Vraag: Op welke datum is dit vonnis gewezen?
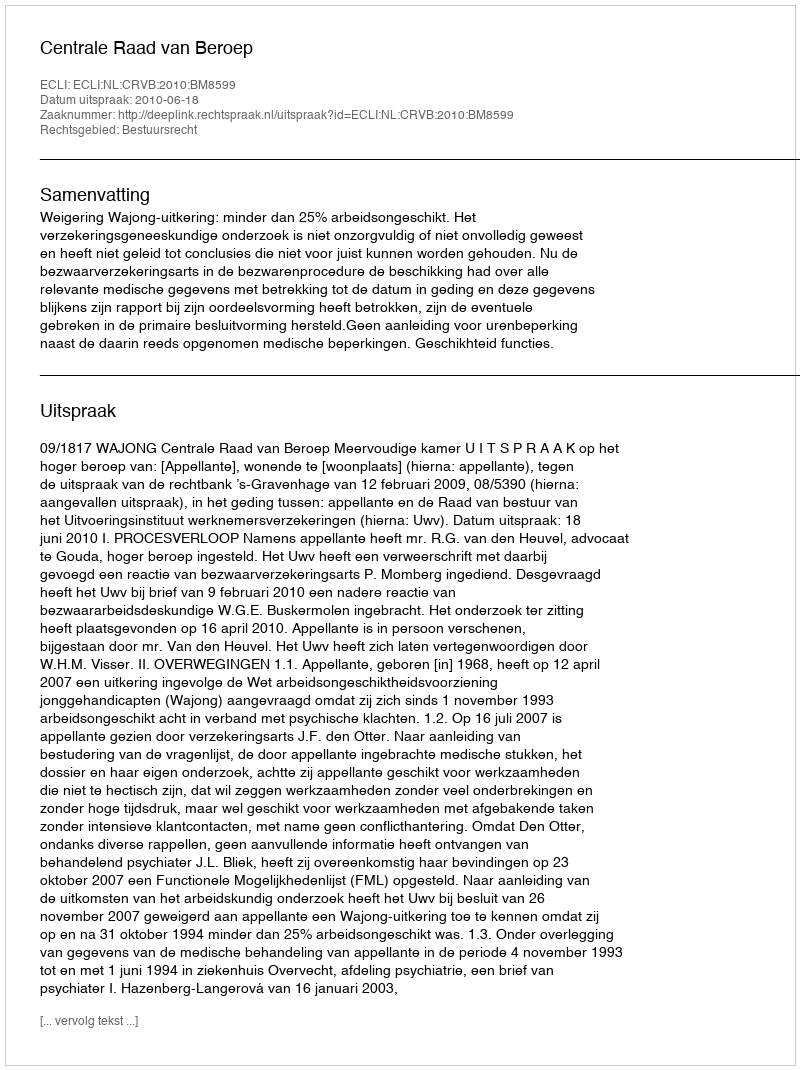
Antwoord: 2010-06-18